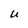
Character: U